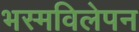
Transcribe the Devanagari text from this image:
भस्मविलेपन